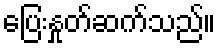
ပြေးနှုတ်ဆက်သည်။